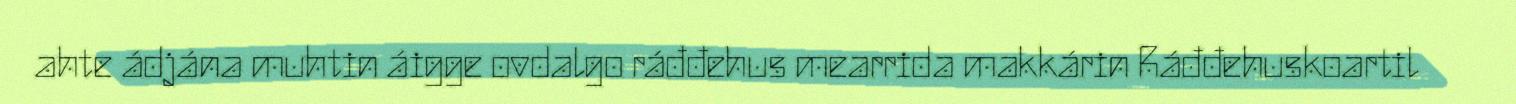
ahte ádjána muhtin áigge ovdalgo ráđđehus mearrida makkárin Ráđđehuskoartil